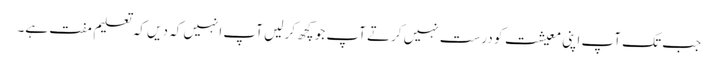
جب تک آپ اپنی معیشت کو درست نہیں کرتے آپ جو کچھ کر لیں آپ انہیں کہ دیں کہ تعلیم مفت ہے۔